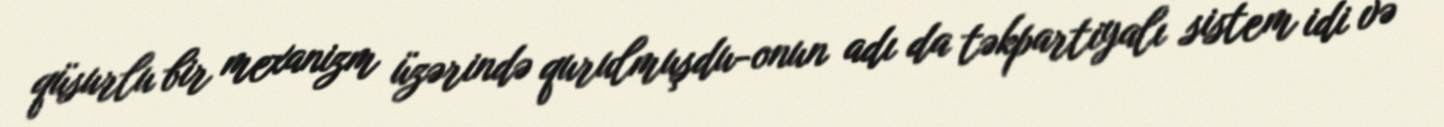
qüsurlu bir mexanizm üzərində qurulmuşdu-onun adı da təkpartiyalı sistem idi və